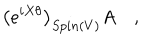
\left( e ^ { i X \theta } \right) _ { S p i n ( V ) } A \quad ,